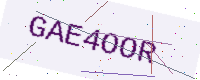
Text: GAE4OOR